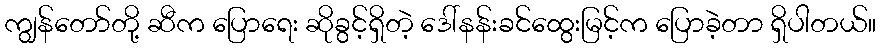
ကျွန်တော်တို့ ဆီက ပြောရေး ဆိုခွင့်ရှိတဲ့ ဒေါ်နန်းခင်ထွေးမြင့်က ပြောခဲ့တာ ရှိပါတယ်။